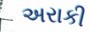
અરાકી